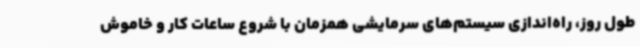
طول روز، راه‌اندازی سیستم‌های سرمایشی همزمان با شروع ساعات کار و خاموش